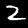
Label: 2